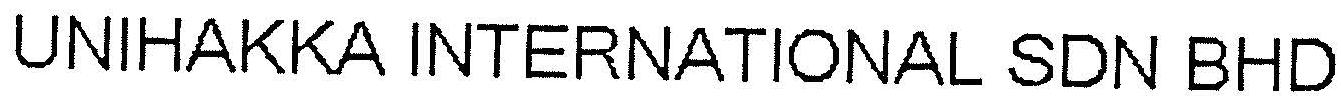
UNIHAKKA INTERNATIONAL SDN BHD